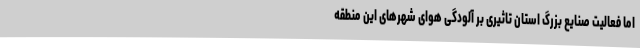
اما فعالیت صنایع بزرگ استان تاثیری بر آلودگی هوای شهرهای این منطقه